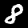
Label: 8